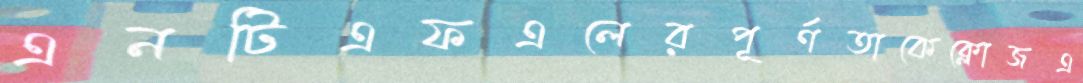
এনটিএফএলেরপূর্ণতাকেক্লোজএ